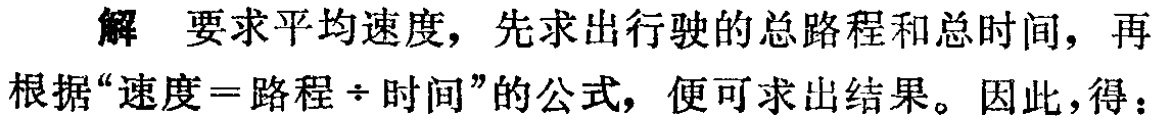
解 要求平均速度，先求出行驶的总路程和总时间，再根据“速度 = 路程 \(\div\) 时间”的公式，便可求出结果。因此，得：